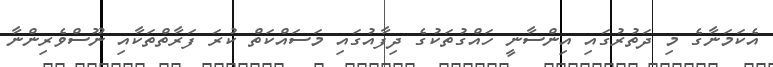
އެކަމަނާގެ މި ދަތުރުގައި އިންސާނީ ހައްގުތަކުގެ ދިފާއުގައި މަސައްކަތް ކުރަ ފަރާތްތަކާއި ނޫސްވެރިންނާ